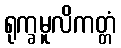
ရုက္ခမူလိကတ္တံ